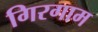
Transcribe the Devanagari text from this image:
गिरगाम